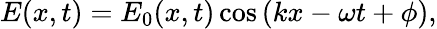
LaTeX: E(x,t)=E_{0}(x,t)\cos{(kx-\omega t+\phi)},